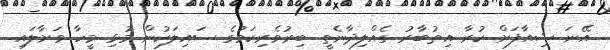
އޭނަ ޝިއާފަށް ކުރާ އިތުބާރު ގެއްލިދާނެތީ ބިރުވެރިކަމުގެ ސައިލަކުން މުޅި މީހާ ވަށާލައި